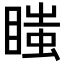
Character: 𥉍